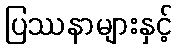
ပြဿနာများနှင့်